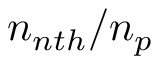
n _ { n t h } / n _ { p }